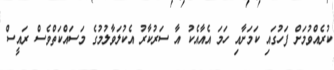
ކުރެއްވުމަށް ފަހުގައި ކަމަށާއި ހަމަ އެއާއެކު އާ ސަރުކާރު އެކުލަވާލުމުގެ މަސައްކަތްވެސް ރައީސް